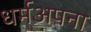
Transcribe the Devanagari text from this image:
धर्मअपना